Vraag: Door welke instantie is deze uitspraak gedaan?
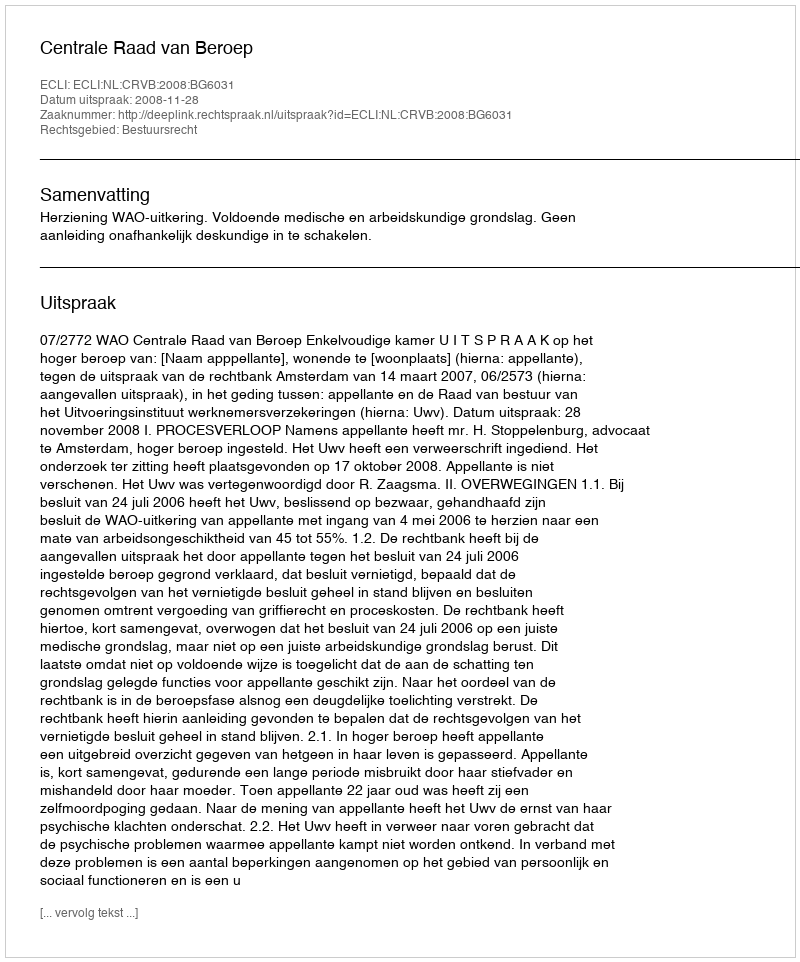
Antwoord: Centrale Raad van Beroep